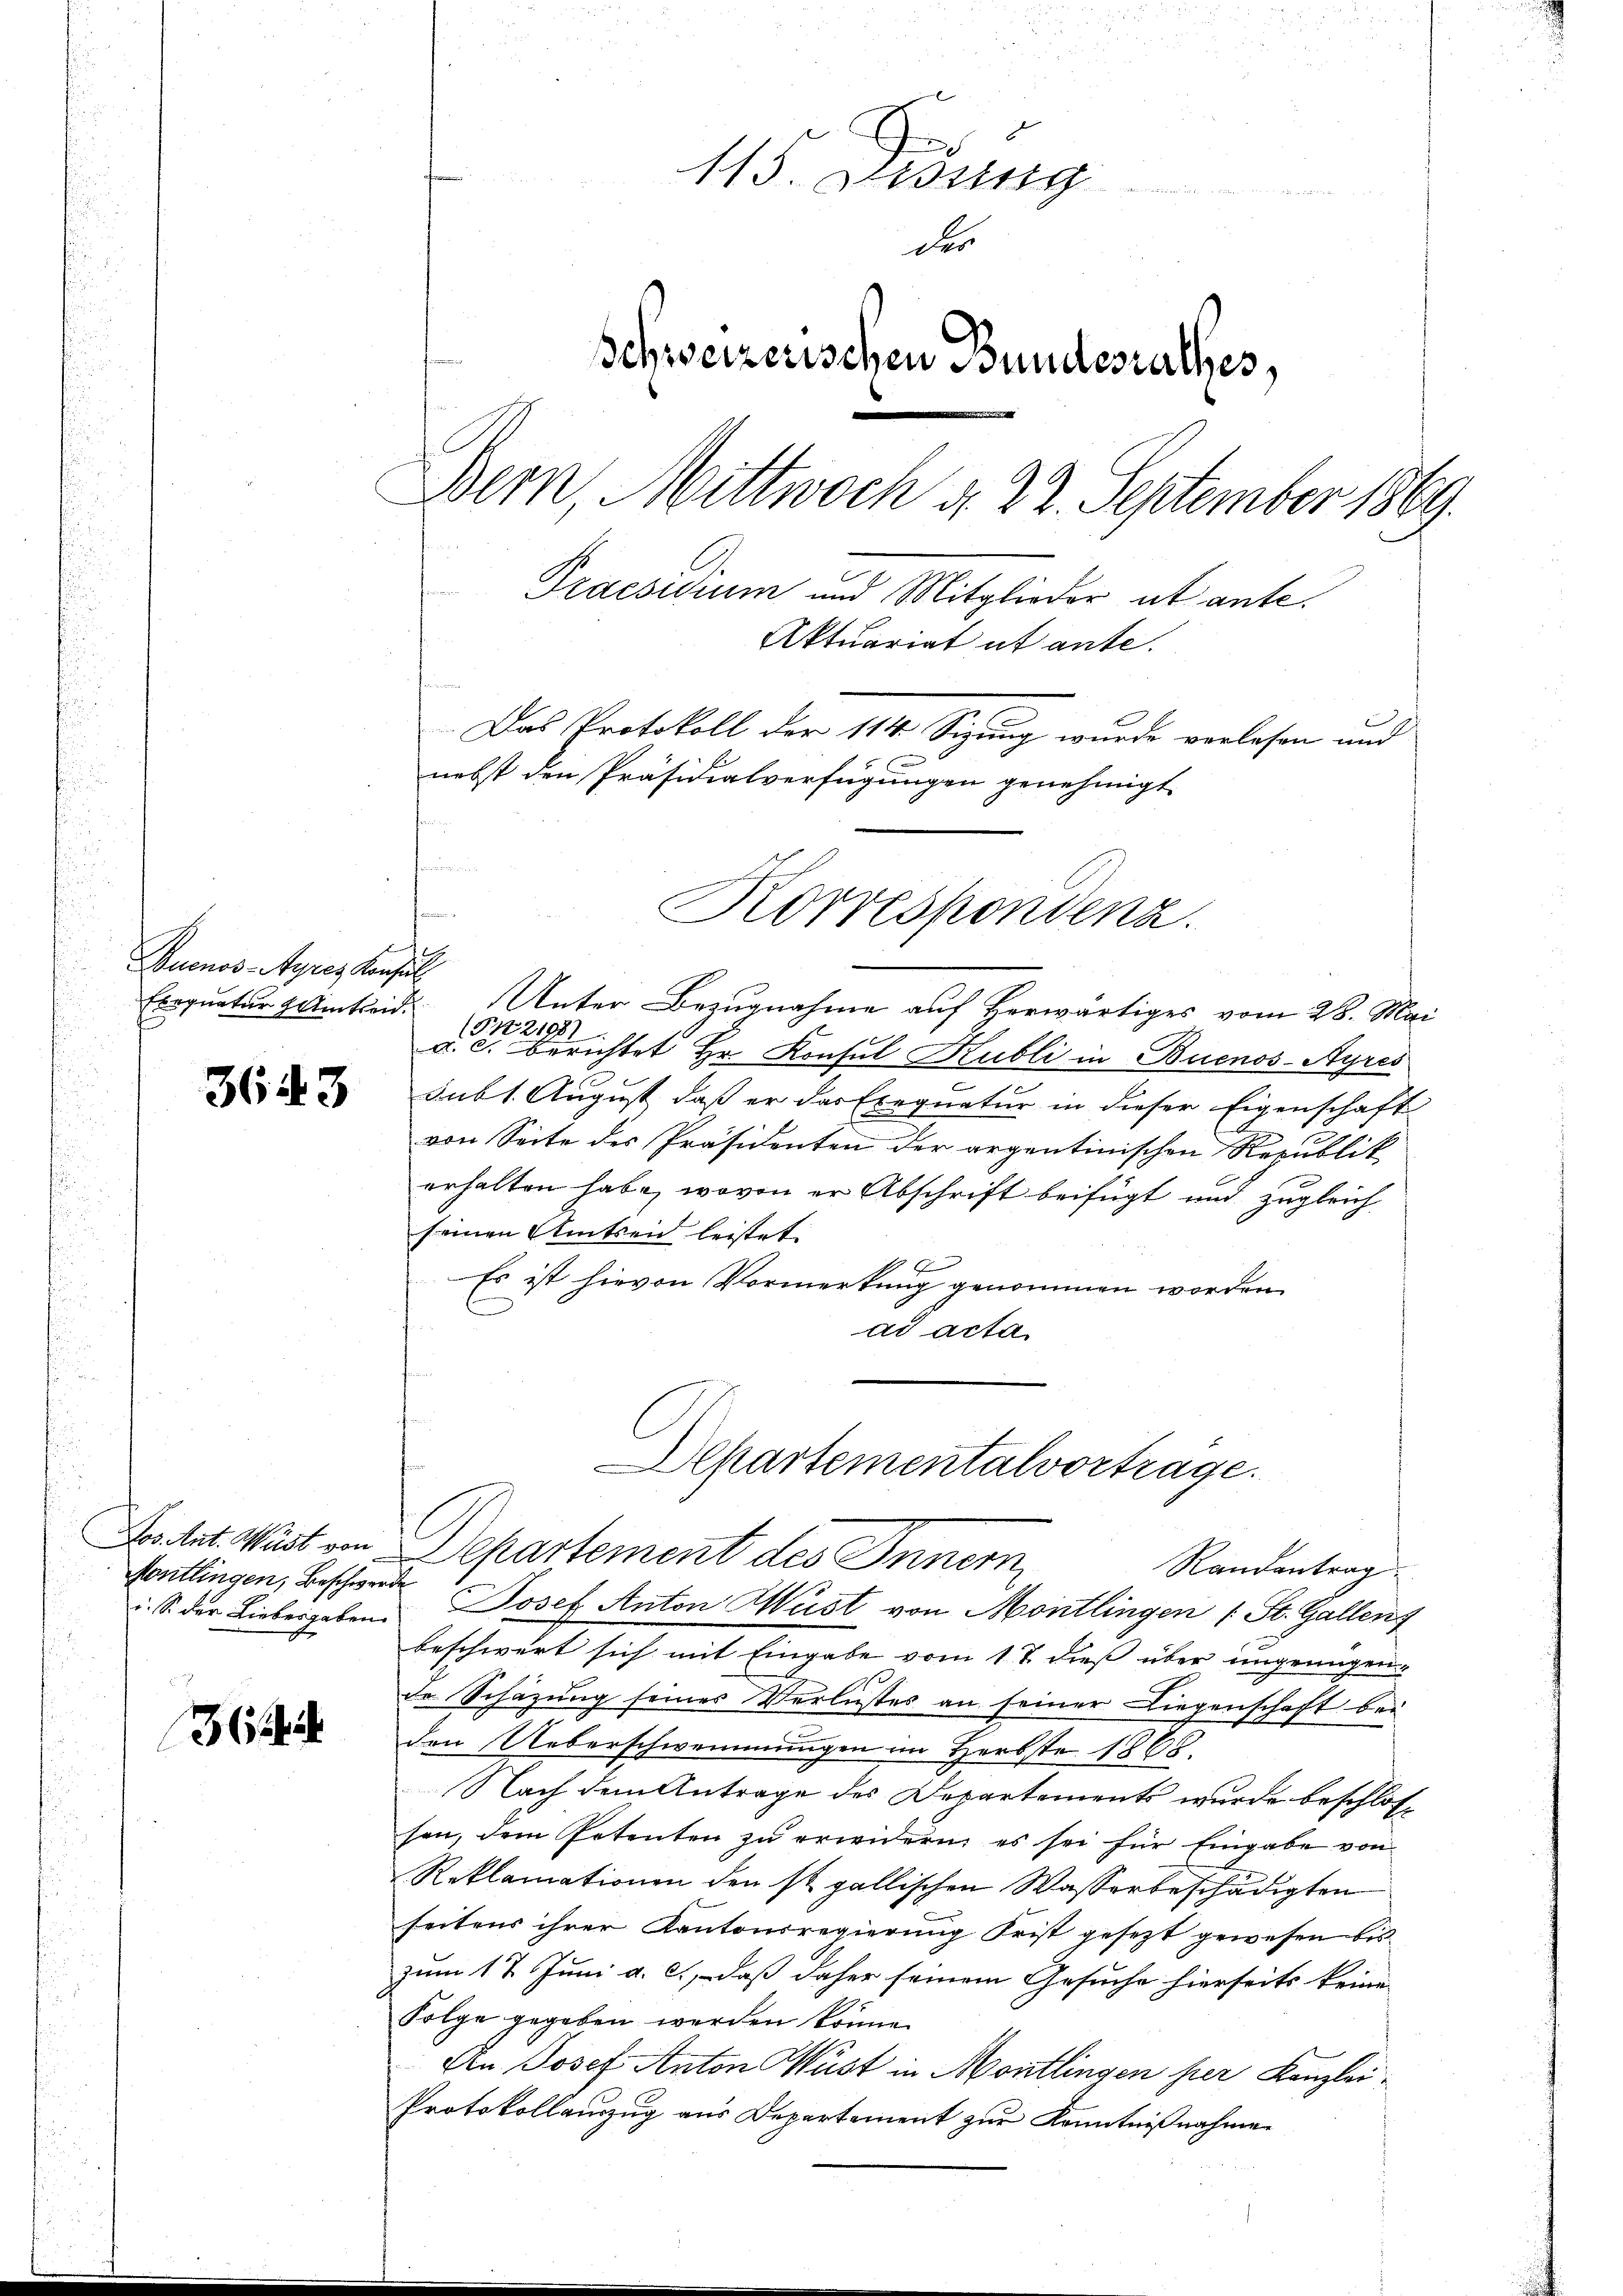
Buenos-Ayres Konsul
Errgnatur eintreid.

3643

ontlingen, Beschwe
i. S. der Liebesgaben

3

115. Didung
des
Schweizerischen Bundesrathes,
Dem Mittwoch d. 22. September 1869.
Praesidium und Mitglieder ab ante.
Aktuariat et ante.
Das Protokoll der 114 Sizung wurde vorlesen und
nebst den Präsidialverfügungen genehmigt

n
2
Unter Bezugnahme auf Herwärtiges vom 28. Mai
(P12108.
3
a. c. berichtet Hr. Konsul Kubli in Buenos-Ayres
Sub 1. August, daß er das Exequatur in dieser Eigenschaft
von Seite des Präsidenten der argentinischen Republik
erhalten habe, wovon er Abschrift beifügt und zugleich
seinen Amtsen leistet.
Es ist hievon Vormerkung genommen worden.
ad acta
rde Josef Anton Wüst von Montlingen (: St. Gallens
beschwert sich mit Eingabe vom 17. dieß über ungenügen
de Schazung seines Verlustes an seiner Liegenschaft bei
den Ueberschwemmungen im Herbste 1865.
Nach dem Antrage des Departements wurde beschlossen, dem Petenten zu erwidern, es sei für Eingabe von
Reklamationen den st. gallischen Wasserbeschädigten
seitens ihrer Kantonsregierung Frist gesezt gewesen bis
zum 17. Juni a. c., daß daher seinem Gesuche hierseits keine
Folge gegeben werden könne.
An Josef Anton Wüst in Montlingen her Kanzlei-
Protokollauszug aus Departement zur Kenntnißnahmen

Korrespondenz.

Departementalvortrage.
Les tit. Wart von Departement des Innern,
Randantrag